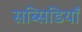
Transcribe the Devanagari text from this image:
सब्सिडियाँ